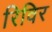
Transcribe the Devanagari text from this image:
रिविर